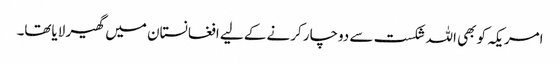
امریکہ کو بھی اللہ شکست سے دوچار کرنے کے لیے افغانستان میں گھیر لایاتھا۔